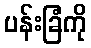
ပန်းခြံကို